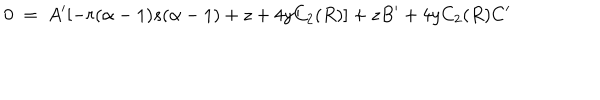
0 ~ = ~ A ^ { \prime } [ - r ( \alpha - 1 ) s ( \alpha - 1 ) + z + 4 y C _ { 2 } ( R ) ] + z B ^ { \prime } + 4 y C _ { 2 } ( R ) C ^ { \prime }